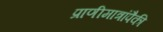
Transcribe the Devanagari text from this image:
प्राणीमात्रांपैकी